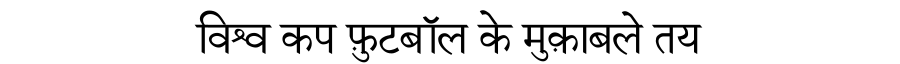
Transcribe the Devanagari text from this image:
विश्व कप फ़ुटबॉल के मुक़ाबले तय